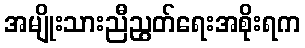
အမျိုးသားညီညွတ်ရေးအစိုးရက